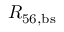
R _ { \mathrm { 5 6 , b s } }